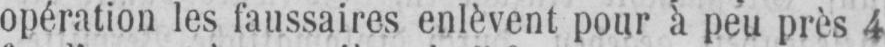
opération les faussaires enlèvent pour à peu près 4